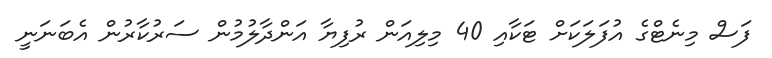
ފަސް މިނެޓްގެ އުފަލަކަށް ޓަކާއި 40 މިލިއަން ރުފިޔާ އަންދާލުމުން ސަރުކާރުން އެބަނަނީ